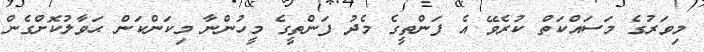
މިވަރުގެ މަސައްކަތް ކުރެވޭ އެ ފަންތީގެ މެދު ފަންތީގެ މީހުންނާ މިކަންކަން ޙަވާލުކޮށްގެން